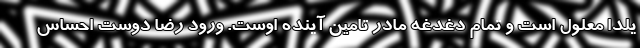
يلدا معلول است و تمام دغدغه مادر تامين آينده اوست. ورود رضا دوست احساس